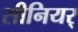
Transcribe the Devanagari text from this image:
सीनियर्